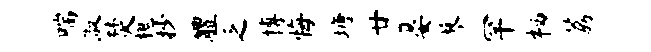
喘淑焚槐抄醴乏博悔塘廿晏蓼罕栖荔